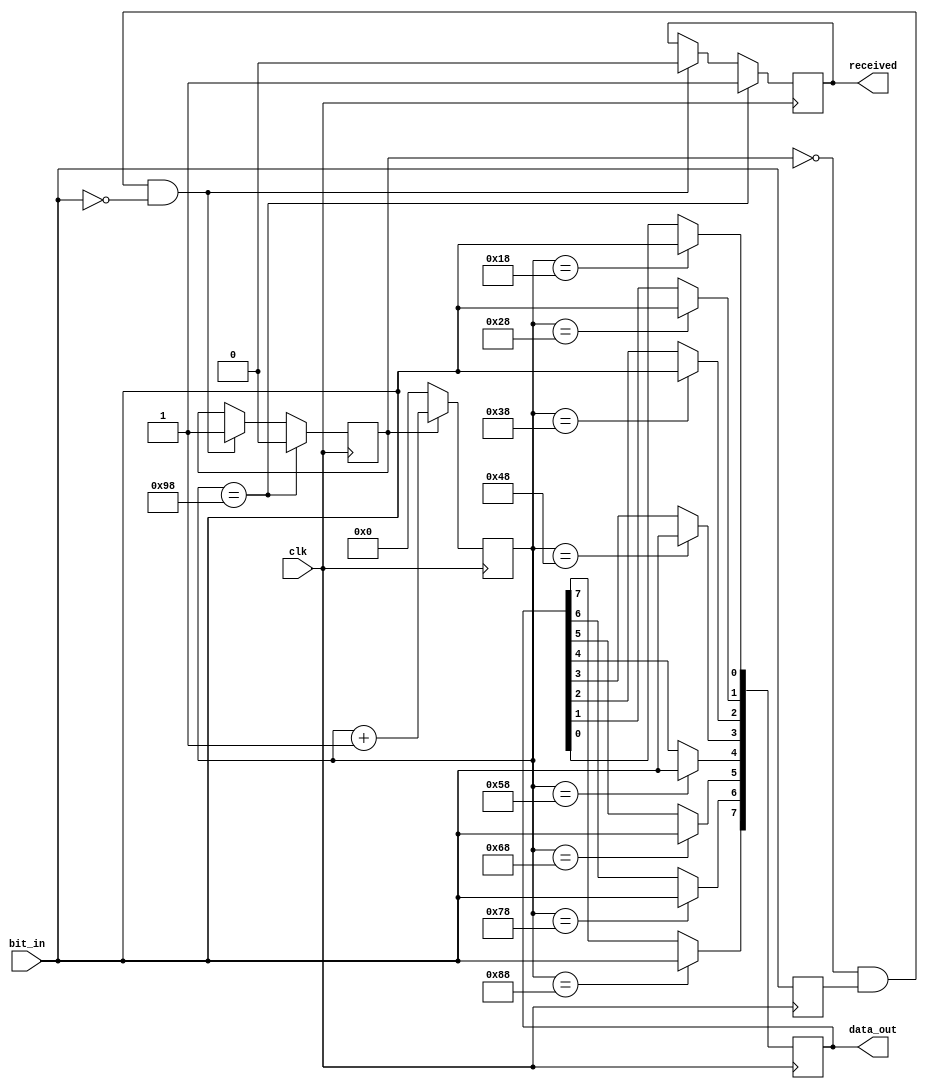
`timescale 1ns / 1ps
//////////////////////////////////////////////////////////////////////////////////
// Company: 
// Engineer: 
// 
// Design Name: 
// Module Name: uart_rx
// Project Name: 
// Target Devices: 
// Tool Versions: 
// Description: 
// 
// Dependencies: 
// 
// Revision:
// Revision 0.01 - File Created
// Additional Comments:
// 
//////////////////////////////////////////////////////////////////////////////////


module uart_rx(
    input clk,
    input bit_in,
    output reg received,
    output reg [7:0] data_out
    );
    
    reg last_bit;
    reg receiving = 0;
    reg [7:0] count;
    
    always@(posedge clk) begin
        if (~receiving & last_bit & ~bit_in) begin
            receiving <= 1;
            received <= 0;
            count <= 0;
        end

        last_bit <= bit_in;
        count <= (receiving) ? count+1 : 0;
        
        case (count)
            8'd24:  data_out[0] <= bit_in;
            8'd40:  data_out[1] <= bit_in;
            8'd56:  data_out[2] <= bit_in;
            8'd72:  data_out[3] <= bit_in;
            8'd88:  data_out[4] <= bit_in;
            8'd104: data_out[5] <= bit_in;
            8'd120: data_out[6] <= bit_in;
            8'd136: data_out[7] <= bit_in;
            8'd152: begin received <= 1; receiving <= 0; end
        endcase
    end
    
endmodule